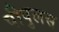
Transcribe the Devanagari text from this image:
पीपुलस